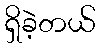
ရှိခဲ့တယ်